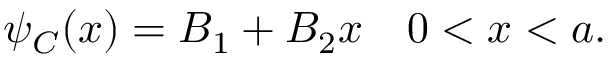
\psi _ { C } ( x ) = B _ { 1 } + B _ { 2 } x \quad 0 < x < a .